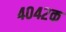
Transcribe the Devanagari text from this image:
४०४२क